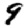
Digit: 9